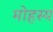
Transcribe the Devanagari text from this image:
मोहस्य